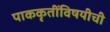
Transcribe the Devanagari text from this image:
पाककृतींविषयीची